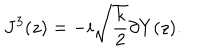
LaTeX: J ^ { 3 } ( z ) = - i \sqrt { \frac { k } { 2 } } \partial Y ( z ) .